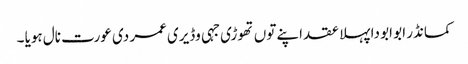
کمانڈر ابو ابو دا پہلا عقد اپنے توں تھوڑی جہی وڈیری عمر دی عورت نال ہویا ۔